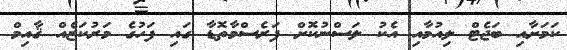
ކަމަށާއި ބަޖެޓް ލިއުމާއި އެކު ލަސްނުކޮށް ފަރެސްމާތޮޑާ ގައި ފަހުގެ މަރުކަޒެއް ޤާއިމް